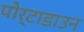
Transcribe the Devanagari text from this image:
पोर्टाडाउन